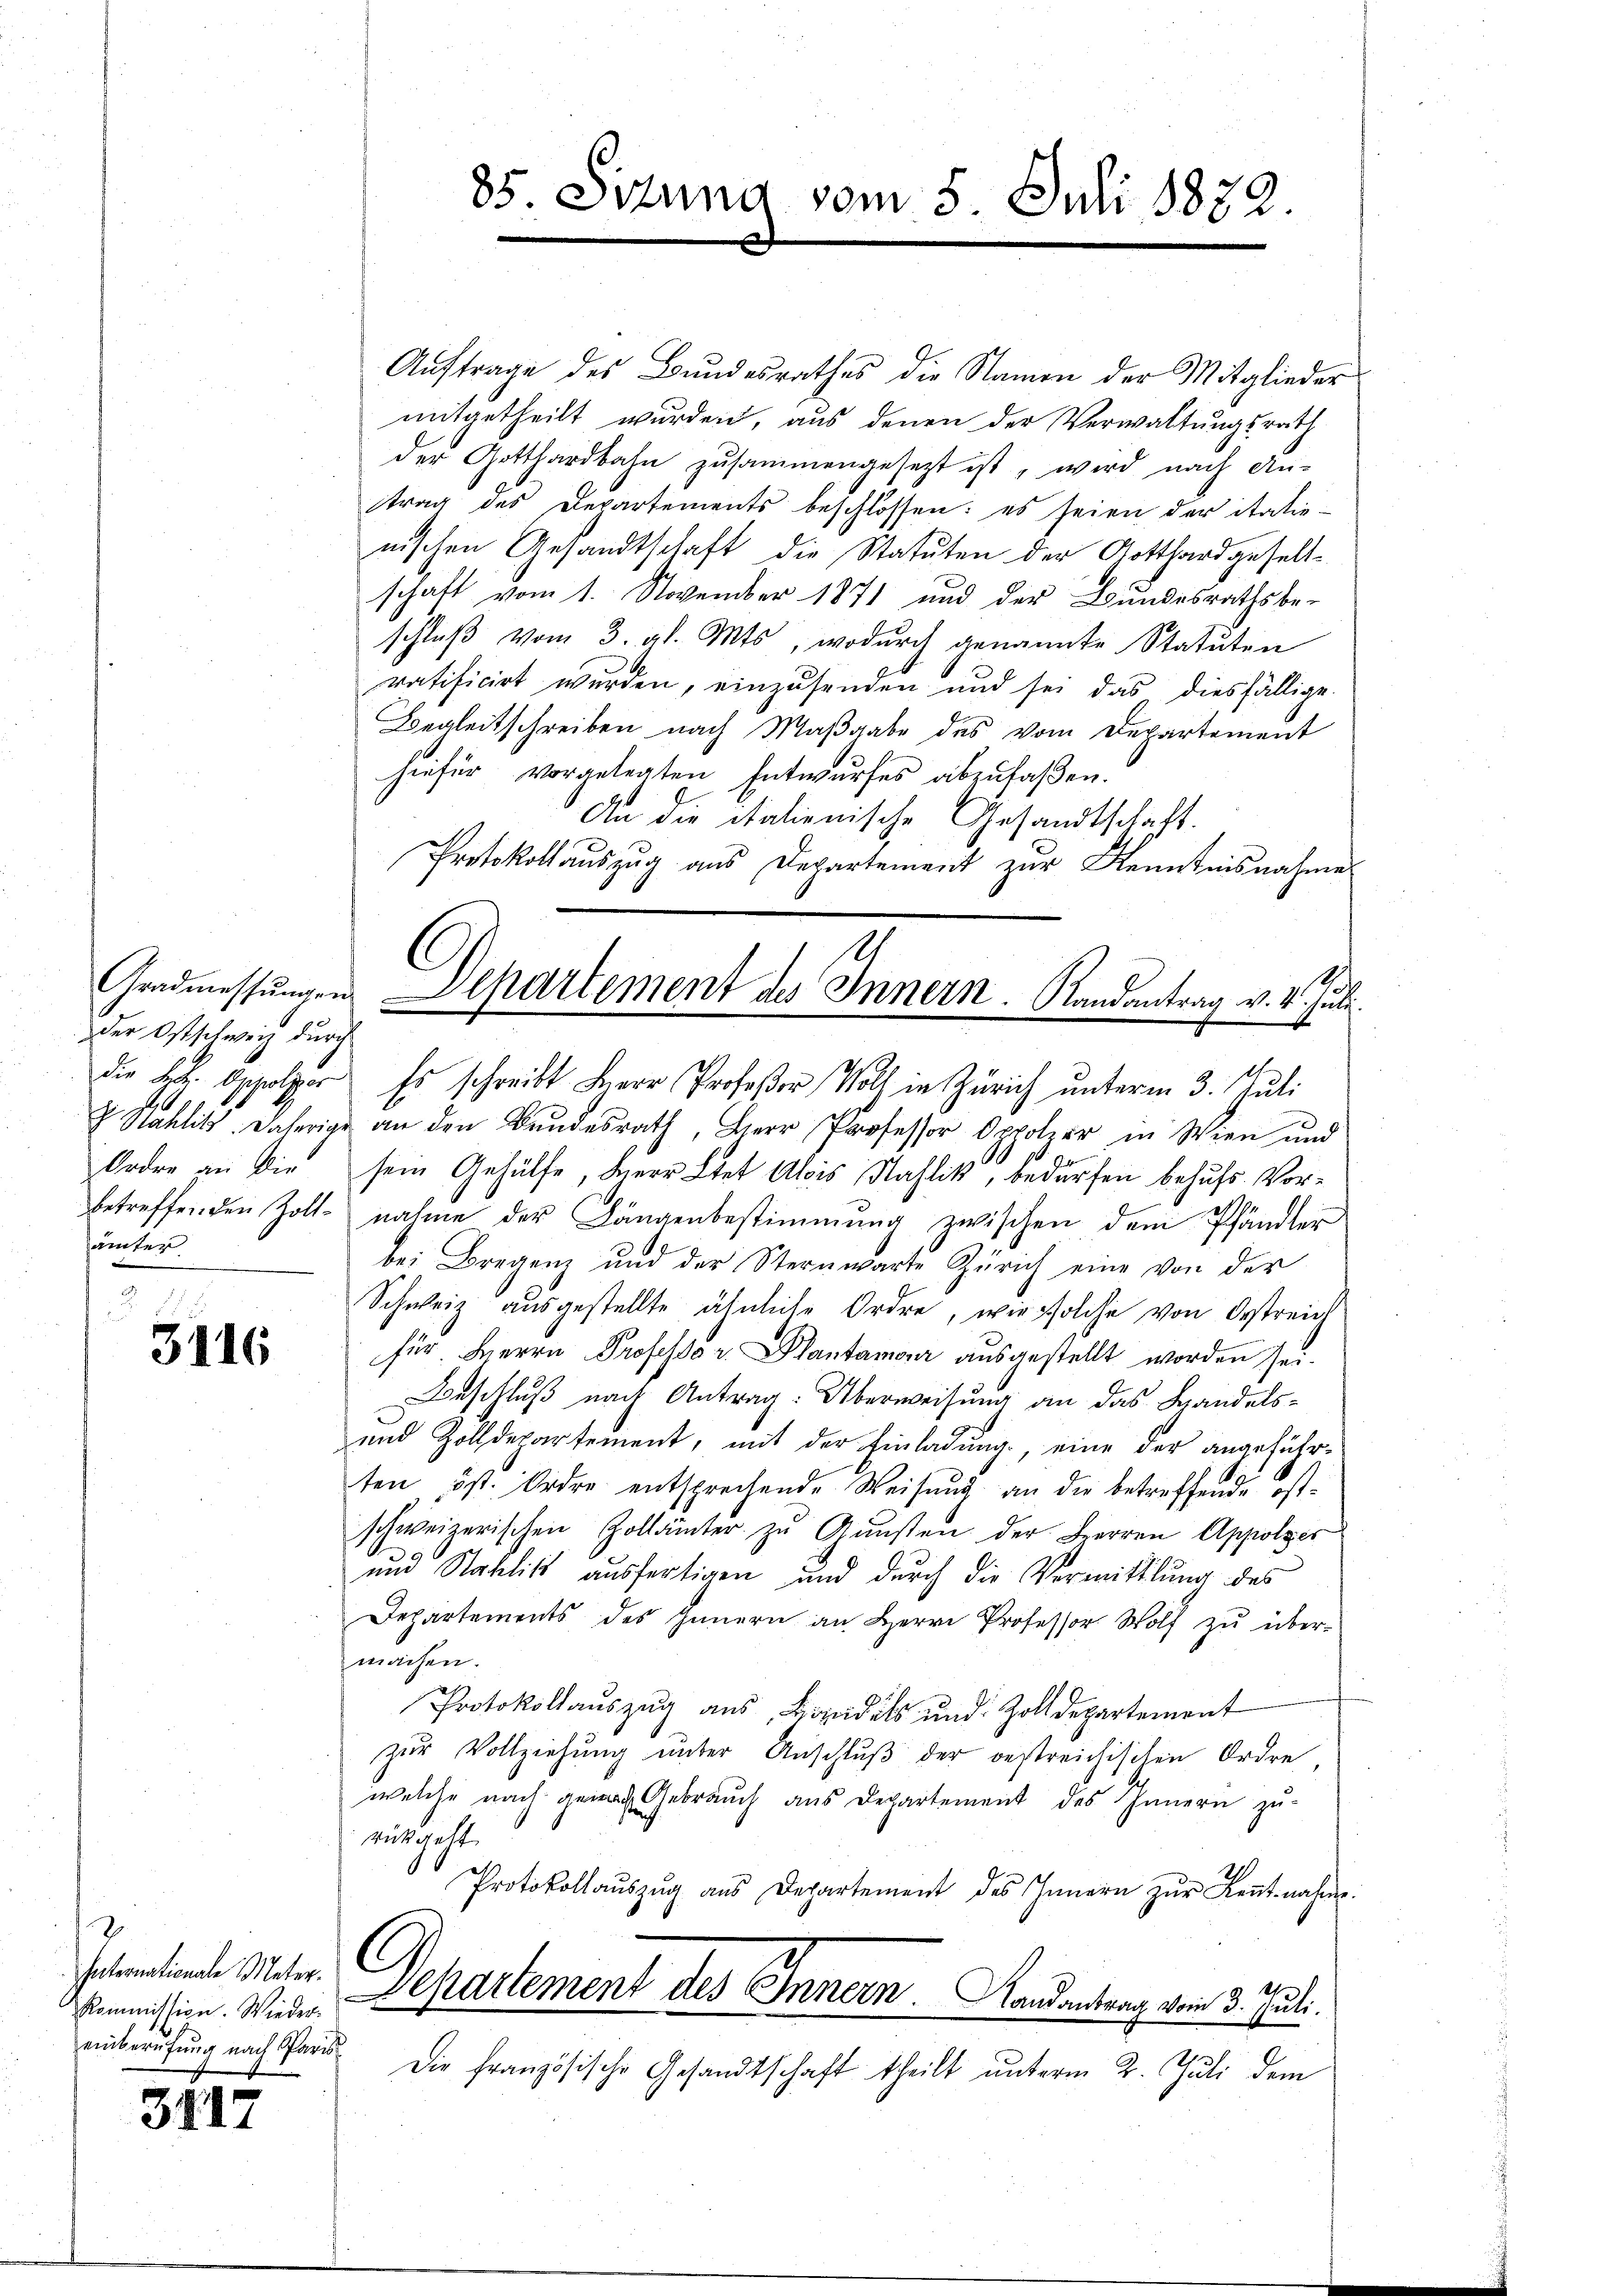
der Ostschweiz durch
ämter.

3116

Auftrage des Bundesrathes die Namen der Mitglieder
mitgetheilt wurden, aus denen der Verwaltungsrath
der Gotthardbahn zusammengesetzt ist, wird nach An-
trag des Departements beschlossen: es seien der itatienischen Gesandtschaft die Statuten der Gotthard gesellschaft vom 1. November 1871 und der Bundesrathsbe-
schluß vom 3. gl. Mts, wodurch genannte Statuten
ratificirt wurden, einzusenden und sei das diesfällige
Begleitschreiben nach Maßgabe des vom Departement
hiefür vorgelegten Entwurfes abzufaßen.
An die italienische Gesandtschaft.
Protokollauszug aus Departement zur Kenntnisnahme
die H. Appelzer es schreibt Herr Profeßor Noth in Zürich unterm 3. Juli
 Sahlitt. Daherige an den Bundesrath, Herr Professor Oppolzer in Wien und
Ordre an die sein Gehülfe, Herr Ltet Alois Sahlik, bedürfen behufs Vorbetreffenden Zoll nahme der Längenbestimmung zwischen dem Pfändler
bei Bregen und der Sternwarte Zürich eine von der
Schweiz ausgestellte ähnliche Ordre, wie solche von Oestreich
für Herrn Professor. Plantamour ausgestellt worden sei.
Beschluß nach Antrag: Überweisung an das Handels¬
und Zolldepartement, mit der Einladung, eine der angeführten ist. Ordre entsprechende Weisŭng an die betreffende ostschweizerischen Zollämter zŭ Gŭnsten der Herren Appolzer
und Stablik ausfertigen und durch die Vermittlung des
Departements des Innern an Herrn Professor Wolf zŭ über-
machen.
Protokollauszug aus, Lipidils und Zolldepartement
zur Vollziehung unter Anschluß der bestreichischen Ordre
welche nach genach Gebrauch aus Departement des Innern zurückgeht.
Protokollaŭszŭg aŭs Departement des Innern zŭr Keṅtnahme.
Departement des Innern. Kandantung vom 3. Juli.
Die französische Gesandtschaft theilt unterm 2. Juli dem

Internationale Meter.
Kommission. Wieder-
einberufung nach Paris

3117

85. Sizung vom 5. Juli 1832

Gradmessŭngen Departement des Innern. Randantrag v. 4. Juli.